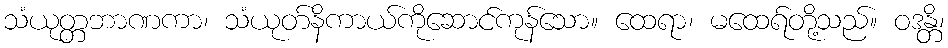
သံယုတ္တဘာဏကာ၊ သံယုတ်နိကာယ်ကိုဆောင်ကုန်သော။ ထေရာ၊ မထေရ်တို့သည်။ ဝဒန္တိ၊